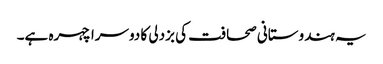
یہ ہندوستانی صحافت کی بزدلی کا دوسرا چہرہ ہے۔